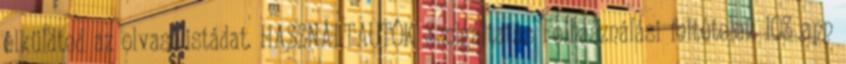
elküldted az olvasólistádat. HASZNÁLTAUTÓK Szolgáltatás Felhasználási feltételek IOS app